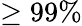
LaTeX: \geq 99\%